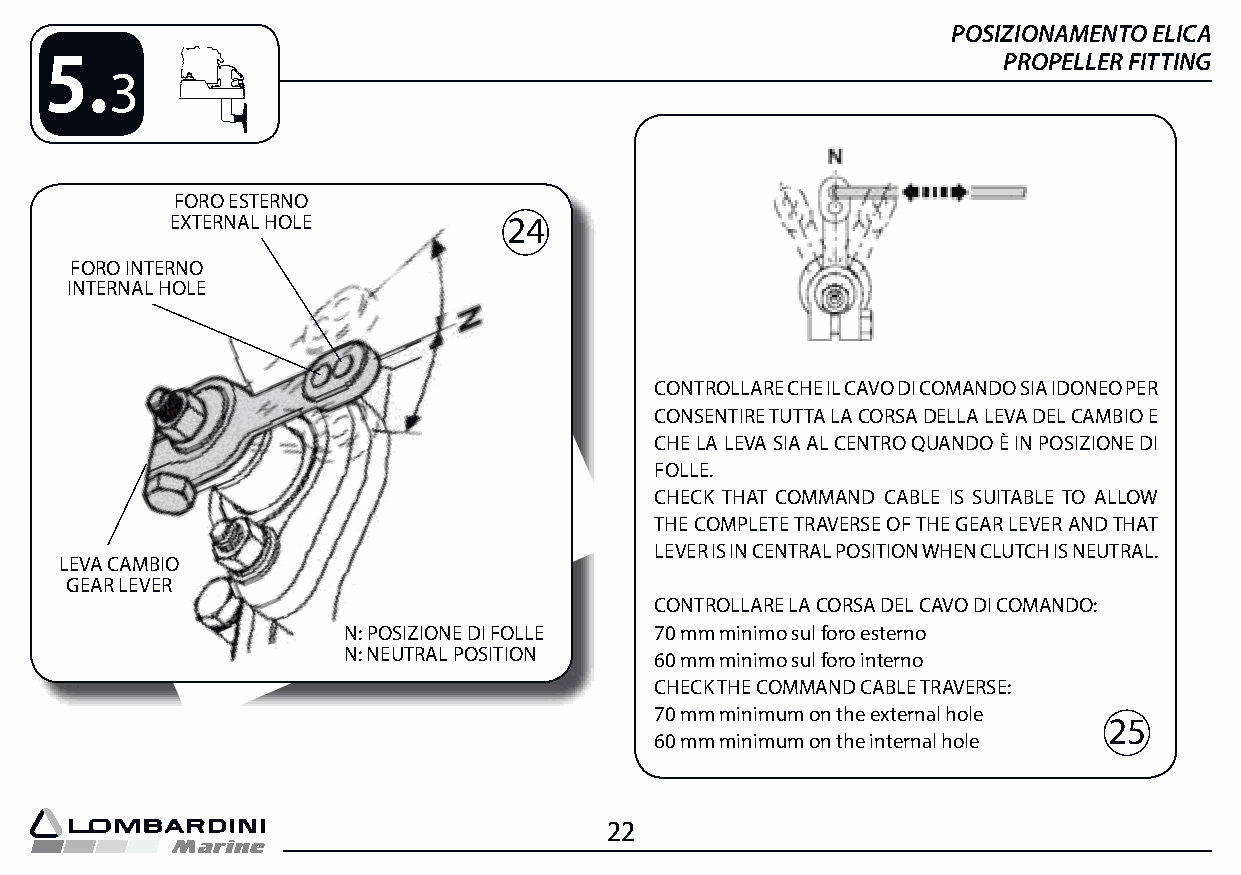
POSIZIONAMENTO ELICA
 5.                                                             PROPELLER FITTING
 3
 FORO ESTERNO
 EXTERNAL HOLE          24
 FORO INTERNO
 INTERNAL HOLE
 CONTROLLARE CHE IL CAVO DI COMANDO SIA IDONEO PER
 CONSENTIRE TUTTA LA CORSA DELLA LEVA DEL CAMBIO E
 CHE LA LEVA SIA AL CENTRO QUANDO È IN POSIZIONE DI
 FOLLE.
 CHECK THAT COMMAND CABLE IS SUITABLE TO ALLOW
 THE COMPLETE TRAVERSE OF THE GEAR LEVER AND THAT
 LEVER IS IN CENTRAL POSITION WHEN CLUTCH IS NEUTRAL.
 LEVA CAMBIO
 GEAR LEVER
 CONTROLLARE LA CORSA DEL CAVO DI COMANDO:
 N: POSIZIONE DI FOLLE 70 mm minimo sul foro esterno
 N: NEUTRAL POSITION 60 mm minimo sul foro interno
 CHECK THE COMMAND CABLE TRAVERSE:
 70 mm minimum on the external hole
 25
 60 mm minimum on the internal hole
 22